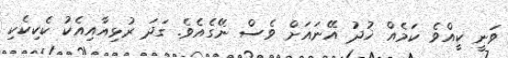
ވަނީ ކީއްވެ ކަމެއް ޚުދު އޭނައަށް ވެސް ނޭގެއެވެ. ގަދަ ރުޅިއާއިއެކު ކެކިކެކި